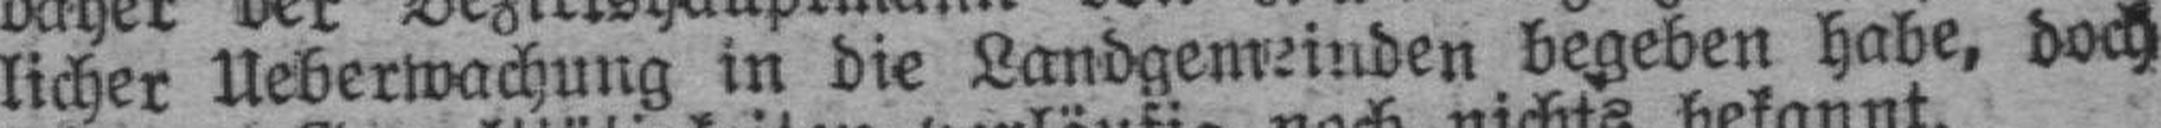
licher Ueberwachung in die Landgemeinden begeben habe, doch